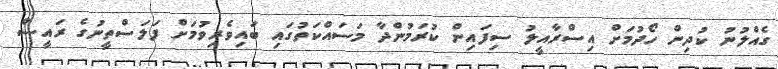
ގެއްލުނު ކުދިން ހޯދުމަށް އިސްރާއީލު ސިފައިން ކުރަމުންދާ މަސައްކަތުގައި ބައިވެރިވުމަށް ފަލަސްތީނުގެ ރައީސް